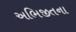
અભિજીતના